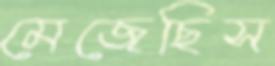
মেজেছিস